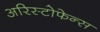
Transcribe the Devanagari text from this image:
अरिस्टोफेन्स